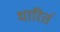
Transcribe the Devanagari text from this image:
धारितं